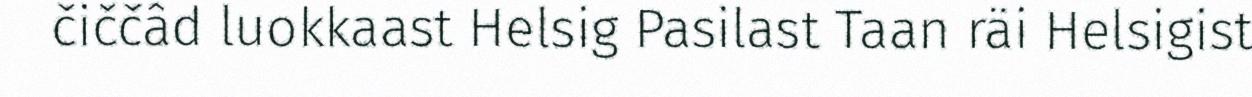
čiččâd luokkaast Helsig Pasilast Taan räi Helsigist